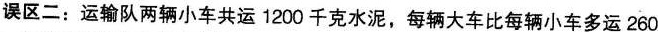
误区二：运输队两辆小车共运1200千克水泥，每辆大车比每辆小车多运260